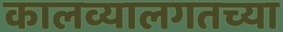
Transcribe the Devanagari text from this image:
कालव्यालगतच्या